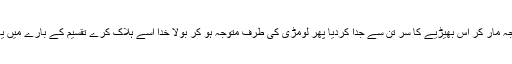
شیر نے یہ سنتے ہی پنجہ مار کر اس بھیڑیے کا سر تن سے جدا کردیا پھر لومڑی کی طرف متوجہ ہو کر بولا خدا اسے ہلاک کرے تقسیم کے بارے میں یہ کس قدر جاہل واقع ہوا۔